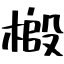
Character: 𫞌